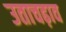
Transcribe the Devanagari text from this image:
उताचढ़ाव